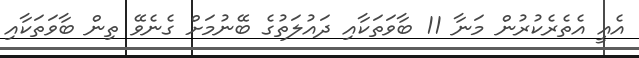
އެއީ އެތެރެކުރުން މަނާ 11 ބާވަތަކާއި ދައުލަތުގެ ބޭނުމަށް ގެނެވޭ ތިން ބާވަތަކާއި